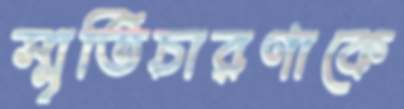
স্মৃতিচারণাকে